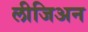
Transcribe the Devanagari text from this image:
लीजिअन